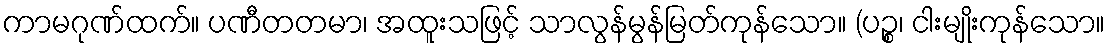
ကာမဂုဏ်ထက်။ ပဏီတတမာ၊ အထူးသဖြင့် သာလွန်မွန်မြတ်ကုန်သော။ (ပဉ္စ၊ ငါးမျိုးကုန်သော။